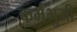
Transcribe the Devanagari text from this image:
कर्मभुमी